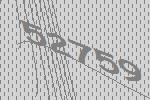
52759